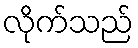
လိုက်သည်